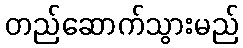
တည်ဆောက်သွားမည်